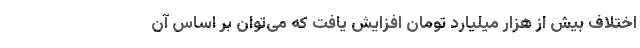
اختلاف بیش از هزار میلیارد تومان افزایش یافت که می‌توان بر اساس آن